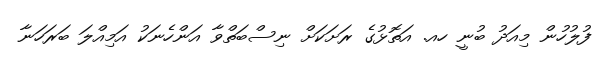
ފުލުހުން މިއަދު ބުނީ ހއ. އަތޮޅުގެ ރަށަކަށް ނިސްބަތްވާ އަންހެނަކު އަމިއްލަ ބަރަހަނާ